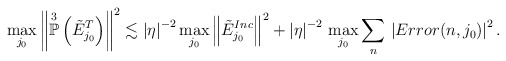
\begin{align*}\max_{j_{0}} \left\Vert \overset{3}{\mathbb{P}}\left(\tilde{E}_{j_{0}}^{T} \right) \right\Vert^{2} \lesssim \left\vert \eta \right\vert^{-2} \max_{j_{0}} \left\Vert \tilde{E}^{Inc}_{j_{0}} \right\Vert^{2} + \left\vert \eta \right\vert^{-2} \, \max_{j_{0}} \sum_{n} \, \left\vert Error(n,j_{0}) \right\vert^{2}.\end{align*}